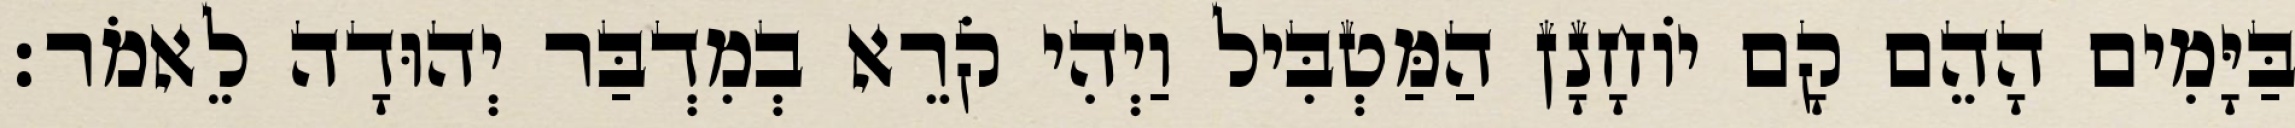
בַּיָּמִים הָהֵם קָם יוֹחָנָן הַמַּטְבִּיל וַיְהִי קֹרֵא בְמִדְבַּר יְהוּדָה לֵאמֹר׃